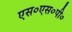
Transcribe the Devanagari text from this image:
एस०एस०पी०